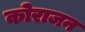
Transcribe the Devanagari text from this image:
कोराजन